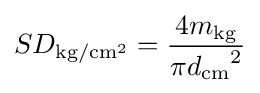
SD_{{\text{kg}}/{\text{cm}}^{2}}={\frac {4m_{\text{kg}}}{{\pi d_{\text{cm}}}^{2}}}